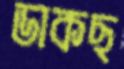
ডাকছ